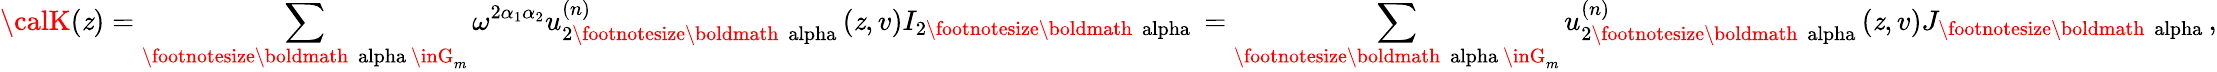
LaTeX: {\calK}(\mathit{z})=\sum_{\mathrm{{\footnotesize\boldmath~\ alpha~}}\inG_{m}}\omega^{2\alpha_{1}\alpha_{2}}u_{2\mathrm{{\footnotesize\boldmath~\ alpha~}}}^{(n)}(\mathit{z},v)I_{2\mathrm{{\footnotesize\boldmath~\ alpha~}}}=\sum_{\mathrm{{\footnotesize\boldmath~\ alpha~}}\inG_{m}}u_{2\mathrm{{\footnotesize\boldmath~\ alpha~}}}^{(n)}(\mathit{z},v)J_{\mathrm{{\footnotesize\boldmath~\ alpha~}}},